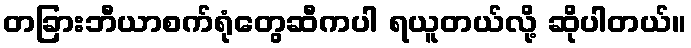
တခြားဘီယာစက်ရုံတွေဆီကပါ ရယူတယ်လို့ ဆိုပါတယ်။